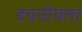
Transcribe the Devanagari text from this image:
दयनीयता